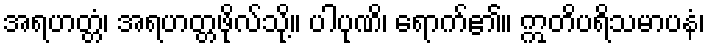
အရဟတ္တံ၊ အရဟတ္တဖိုလ်သို့။ ပါပုဏိ၊ ရောက်၏။ ဣတိပရိသမာပနံ၊